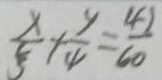
\frac { x } { 5 } + \frac { y } { 4 } = \frac { 4 2 } { 6 0 }